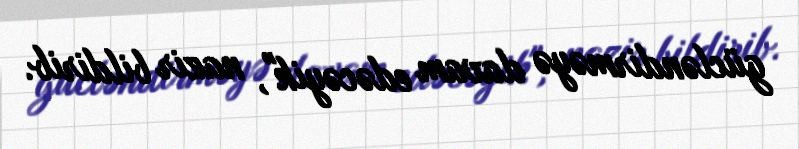
gücləndirməyə davam edəcəyik", nazir bildirib.